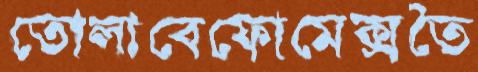
তোলাবেফোমেক্সতৈ